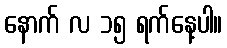
နောက် လ ၁၅ ရက်နေ့ပါ။